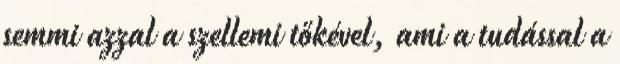
semmi azzal a szellemi tőkével, ami a tudással a